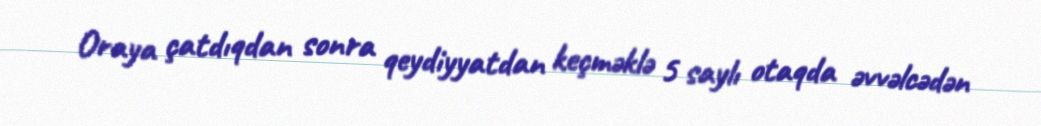
Oraya çatdıqdan sonra qeydiyyatdan keçməklə 5 saylı otaqda əvvəlcədən